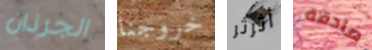
الجرذان خروجنا أثرثر صادقة